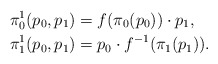
\begin{align*}\pi^1_0 (p_0,p_1) &= f(\pi_0(p_0))\cdot p_1,\\\pi^1_1 (p_0,p_1) &= p_0 \cdot f^{-1}(\pi_1(p_1)).\end{align*}